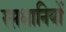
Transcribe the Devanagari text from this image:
रसधानियों